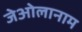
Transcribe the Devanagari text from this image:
जेओलानाम